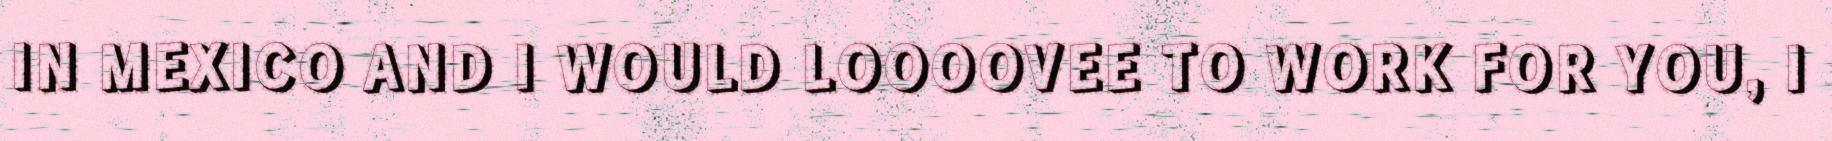
IN MEXICO AND I WOULD LOOOOVEE TO WORK FOR YOU, I